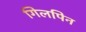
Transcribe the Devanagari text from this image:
गिलपिन